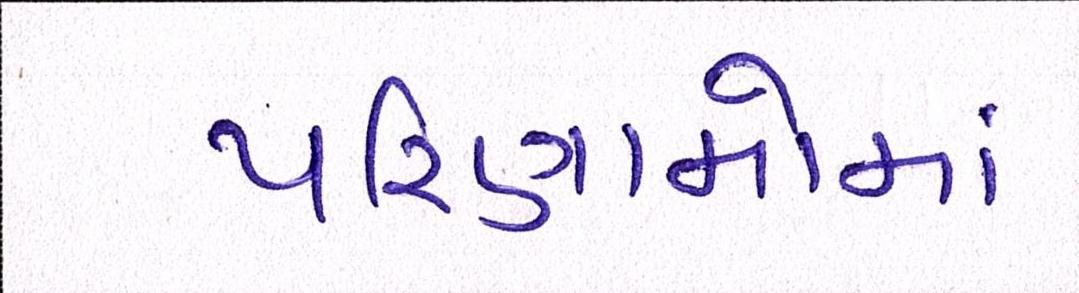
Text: પરિણામોમાં